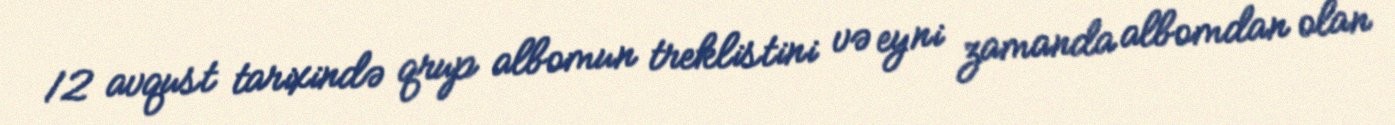
12 avqust tarixində qrup albomun treklistini və eyni zamanda albomdan olan